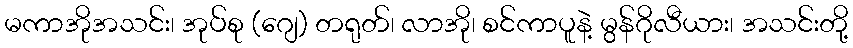
မကာအိုအသင်း၊ အုပ်စု (ဂျေ) တရုတ်၊ လာအို၊ စင်ကာပူနဲ့ မွန်ဂိုလီယား၊ အသင်းတို့